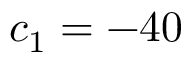
c _ { 1 } = - 4 0